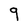
Character: 9